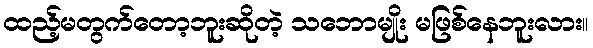
ထည့်မတွက်တော့ဘူးဆိုတဲ့ သဘောမျိုး မဖြစ်နေဘူးလား။